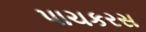
પાચકરસ